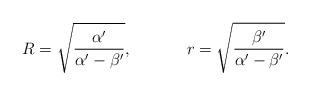
LaTeX: \begin{align*}R = \sqrt{\frac{\alpha '}{\alpha '-\beta '}},~~~~~~~~~~r= \sqrt{\frac{\beta'}{\alpha '-\beta'}}.\end{align*}